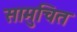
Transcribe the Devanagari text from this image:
सामुचित